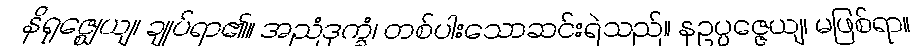
နိရုဇ္ဈေယျ၊ ချုပ်ရာ၏။ အညံဒုက္ခံ၊ တစ်ပါးသောဆင်းရဲသည်။ နဥပ္ပဇ္ဇေယျ၊ မဖြစ်ရာ။